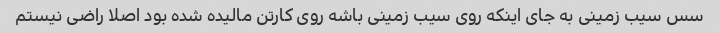
سس سیب زمینی به جای اینکه روی سیب زمینی باشه روی کارتن مالیده شده بود اصلا راضی نیستم